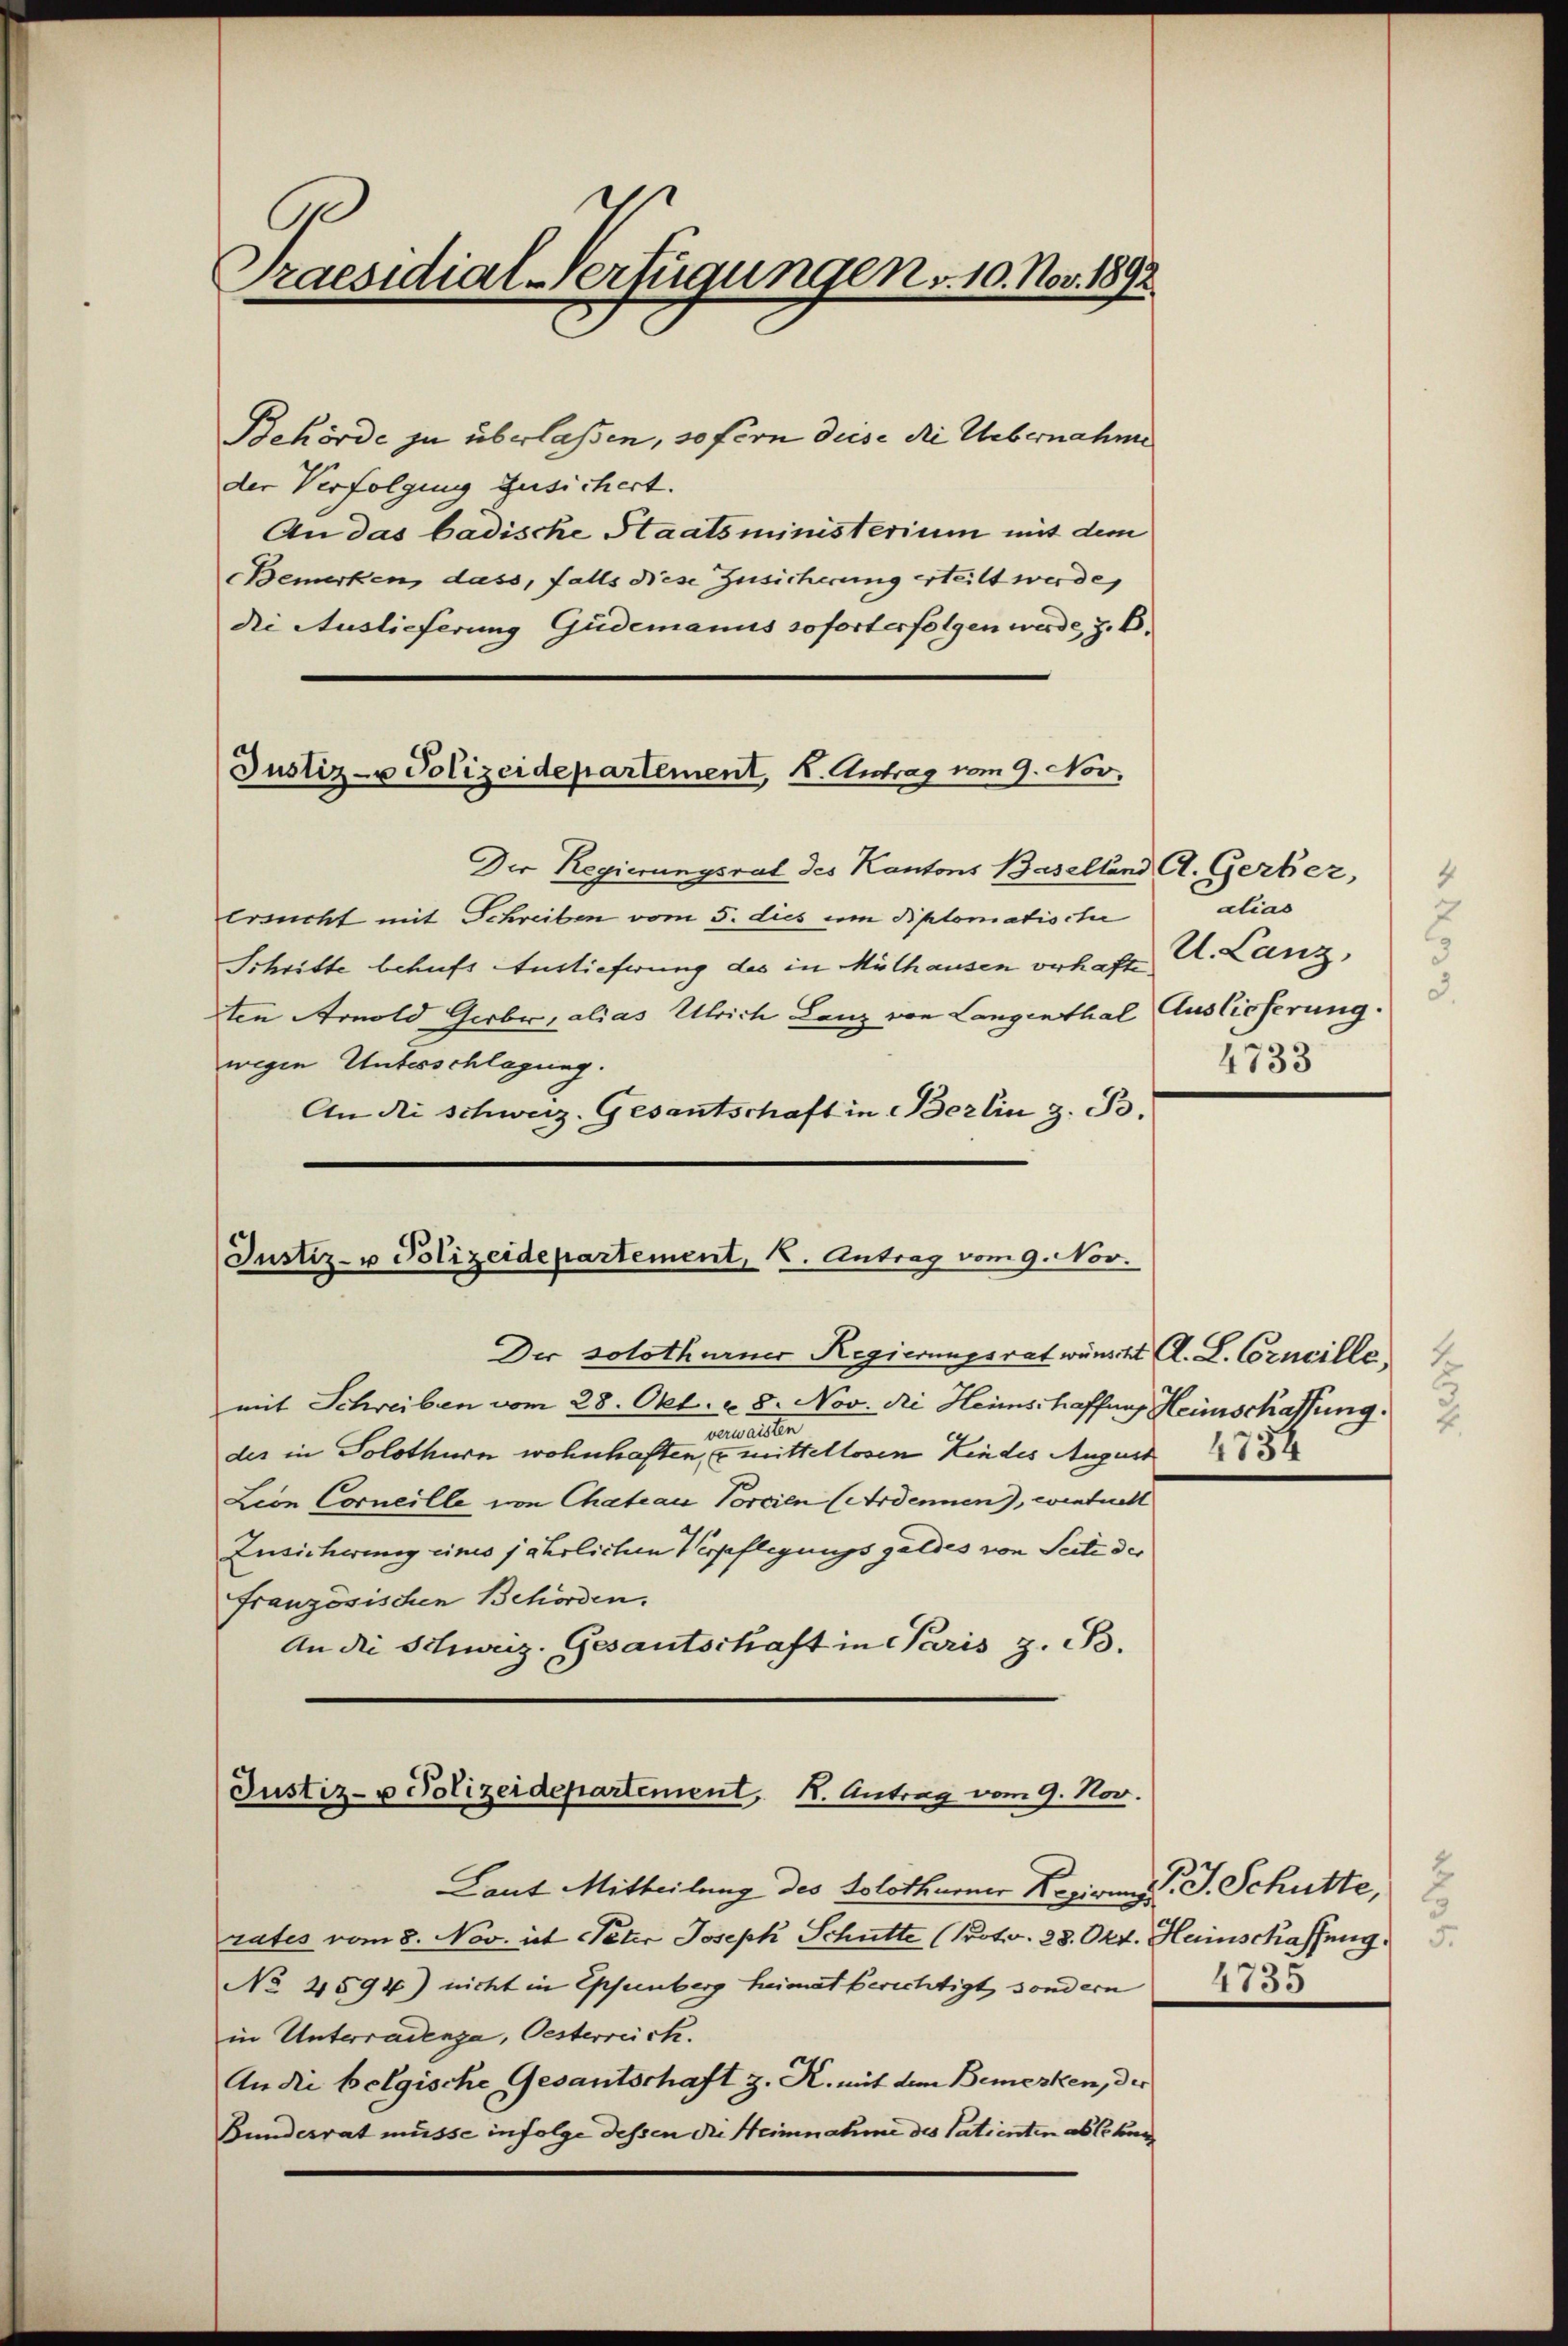
.
Praesidial-Verfügungen v. 10. Nov. 1892.

Behörde zu überlaßen, so fern deise die Uebernahme
der Verfolgung zusichert.
An das badische Staatsministerium mit dem
Bemerken, dass, falls diese Zusicherung erteilt werde,
die Auslieferung Güdemanus sofort erfolgen werde, z. B.
Der Regierungsrat des Kantons Baselland A. Gerber,
Ersucht mit Schreiben vom 5. dies um diplomatische
Schritte behufs Auslieferung des in Mülhausen verhafteten Arnold Gerber, alias Ulrich Lanz von Langenthal Auslieferung.
wegen Unterschlagung.
An die schweiz. Gesantschaft in Berlin z. B.
Justiz- u Polizeidepartement, u. Antrag vom 9. Nov.

Justiz- u Polizeidepartement, K. Antrag vom 9. Nov.

Der solothurner Regierungsrat wünscht A. L. Concille,
mit Schreiben vom 28. Okt. v. 8. Nov. di Heimschaffung Heimschaffung.
enmeister
des in Solothurn wohnhaften, & mittellosen Kindes August 185
Lion Corneille von Chateau Vorsien (Ardennen), eventuell
Zusicherung eines jährlichen Verpflegungsgeldes von Seite des
französischen Behörden.
An die Schweiz. Gesantschaft in Paris z. B.

Justiz- u Polizeidepartement, K. Antrag vom 9. Nov.

Laut Mitteilung des Solothurner Reziones J. Schütte,
rates vom 8. Nov. ist Peter Joseph Schütte (Proto. 28. Okt. Heinschaffung
No 4594) nicht in Eppenberg heimat berichtigt, sondern
in Unterradenge, Oesterreich.
An die belgische Gesantschaft z. R. mit dem Bemerken, die
Bundesrat müsse infolge dessen die Heinnahme des Patienten absekur

4
alias
2
U. Lanz,
d
4733

2
5
4735